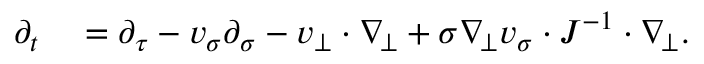
\begin{array} { r l } { \partial _ { t } } & { { } = \partial _ { \tau } - v _ { \sigma } \partial _ { \sigma } - v _ { \bot } \cdot \nabla _ { \! \bot } + \sigma \nabla _ { \! \bot } v _ { \sigma } \cdot J ^ { - 1 } \cdot \nabla _ { \! \bot } . } \end{array}